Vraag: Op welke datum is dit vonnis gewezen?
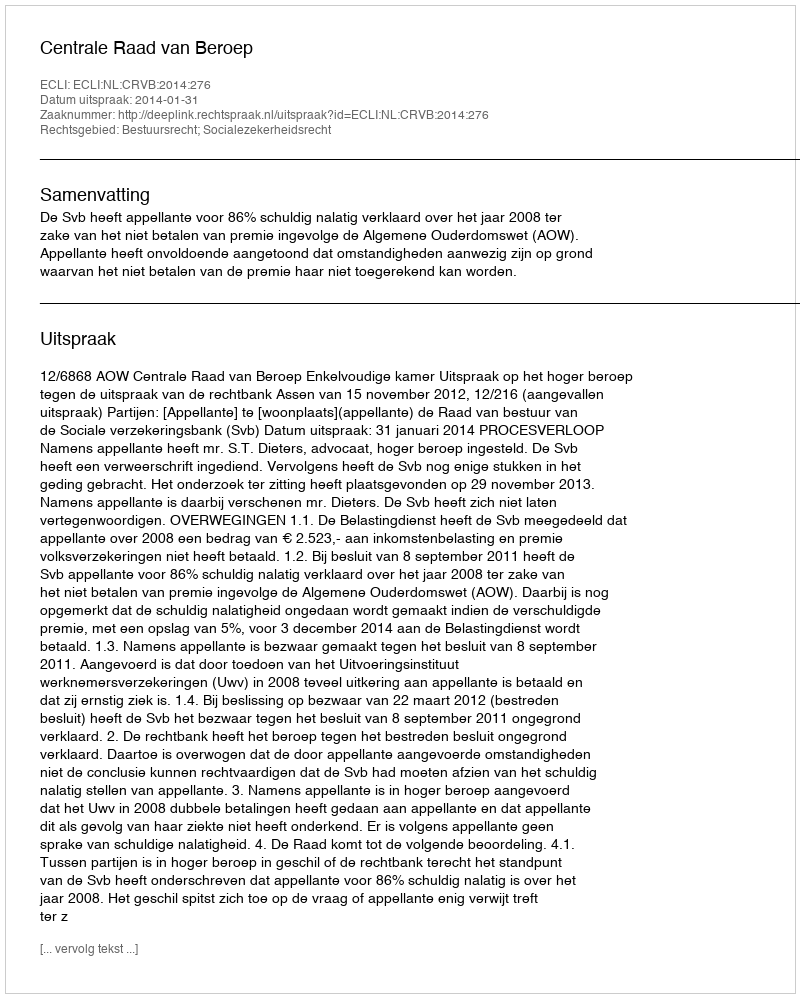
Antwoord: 2014-01-31